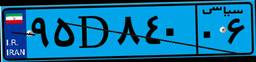
۹۵D۸۴۰۰۶